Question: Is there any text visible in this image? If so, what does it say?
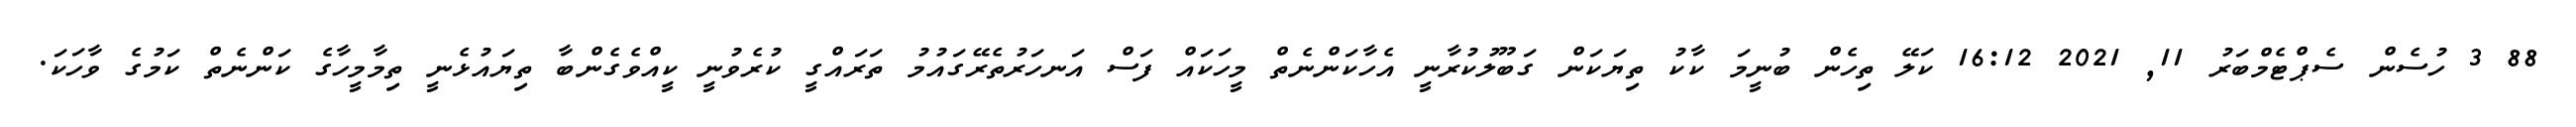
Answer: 88 3 ހުސެން ސެޕްޓެމްބަރު 11, 2021 16:12 ކަލޭ ތިހެން ބުނީމަ ކާކު ތިޔަކަން ގަބޫލުކުރާނީ އެހާކަންނެތް މީހަކައް ފަސް އަނހަރުތެރޭގައުމު ތަރައްގީ ކުރެވުނީ ކީއްވެގެންބާ ތިޔައުޅެނީ ތިމާމީހާގެ ކަންނެތް ކަމުގެ ވާހަކަ.